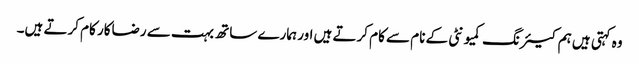
وہ کہتی ہیں ہم کیئرنگ کمیونٹی کے نام سے کام کرتے ہیں اور ہمارے ساتھ بہت سے رضاکار کام کرتے ہیں۔